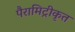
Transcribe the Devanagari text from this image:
पैरामिट्रीकृत